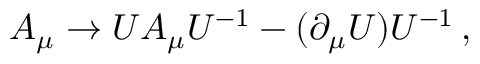
A _ { \mu } \rightarrow U A _ { \mu } U ^ { - 1 } - ( \partial _ { \mu } U ) U ^ { - 1 } \, { , }